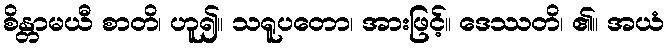
စိန္တာမယီ စာတိ၊ ဟူ၍။ သရူပတော၊ အားဖြင့်။ ဒေဿတိ၊ ၏။ အယံ